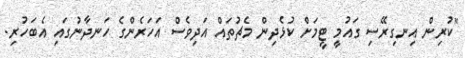
"ކުރިން އިނގިރޭސި ގައުމީ ޓީމަށް ކުޅެދިން މެޗުތައް އަދިވެސް އަހަރެންގެ ހަނދާނުގައި އެބަހުރި.